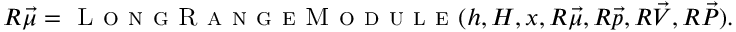
R \vec { \mu } = \textsc { L o n g R a n g e M o d u l e } ( h , H , x , R \vec { \mu } , R \vec { p } , R \vec { V } , R \vec { P } ) .